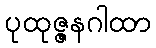
ပုထုဇ္ဇနဂါထာ